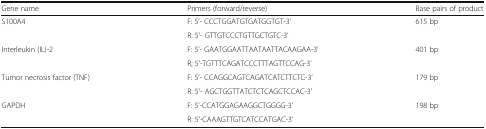
| Gene name | Primers (forward/reverse) | Base pairs of product |
 | --- | --- | --- |
 | <ROWSPAN=2> S100A4 | F: 5’- CCCTGGATGTGATGGTGT-3’ | <ROWSPAN=2> 615 bp |
 | R: 5’- GTTGTCCCTGTTGCTGTC-3’ |
 | <ROWSPAN=2> Interleukin (IL)-2 | F: 5’- GAATGGAATTAATAATTACAAGAA-3’ | <ROWSPAN=2> 401 bp |
 | R; 5’-TGTTTCAGATCCCTTTAGTTCCAG-3’ |
 | <ROWSPAN=2> Tumor necrosis factor (TNF) | F: 5’- CCAGGCAGTCAGATCATCTTCTC-3’ | <ROWSPAN=2> 179 bp |
 | R: 5’- AGCTGGTTATCTCTCAGCTCCAC-3’ |
 | <ROWSPAN=2> GAPDH | F: 5’-CCATGGAGAAGGCTGGGG-3’ | <ROWSPAN=2> 198 bp |
 | R: 5’-CAAAGTTGTCATCCATGAC-3’ |